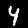
Label: 4